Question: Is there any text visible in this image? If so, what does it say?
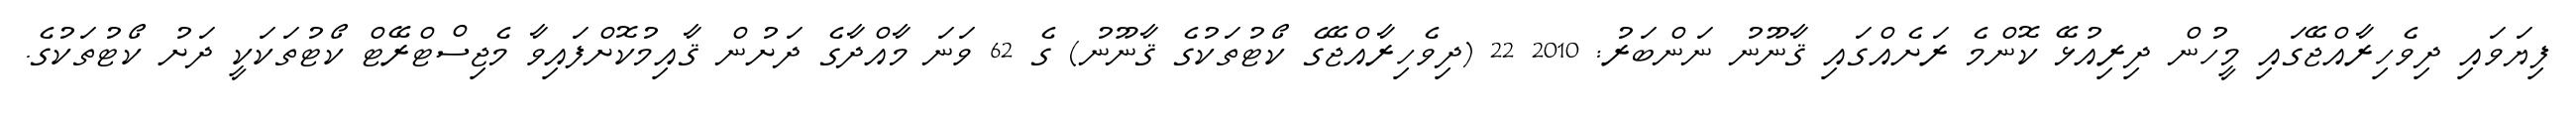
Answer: ފިޔަވައި ދިވެހިރާއްޖޭގައި މީހުން ދިރިއުޅޭ ކޮންމެ ރަށެއްގައި ޤާނޫނު ނަންބަރު: 2010 22 (ދިވެހިރާއްޖޭގެ ކޯޓުތަކުގެ ޤާނޫނު) ގެ 62 ވަނަ މާއްދާގެ ދަށުން ޤާއިމުކޮށްފައިވާ މެޖިސްޓްރޭޓް ކޯޓުތަކަކީ ދަށު ކޯޓުތަކުގެ.